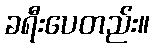
ခရီးပေတည်း။